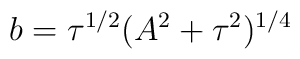
b = \tau^{1/2} (A^2+\tau^2)^{1/4}